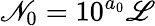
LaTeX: \mathscr{N}_{0}=10^{a_{0}}\mathscr{L}